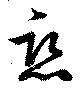
戀